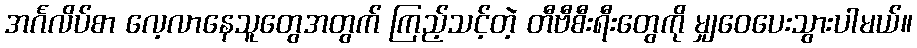
အင်္ဂလိပ်စာ လေ့လာနေသူတွေအတွက် ကြည့်သင့်တဲ့ တီဗီစီးရီးတွေကို မျှဝေပေးသွားပါမယ်။